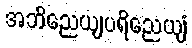
အဘိညေယျပရိညေယျံ